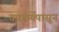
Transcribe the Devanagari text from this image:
तपश्चर्येपासून